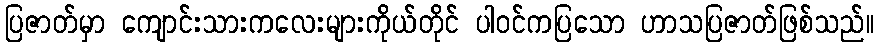
ပြဇာတ်မှာ ကျောင်းသားကလေးများကိုယ်တိုင် ပါဝင်ကပြသော ဟာသပြဇာတ်ဖြစ်သည်။